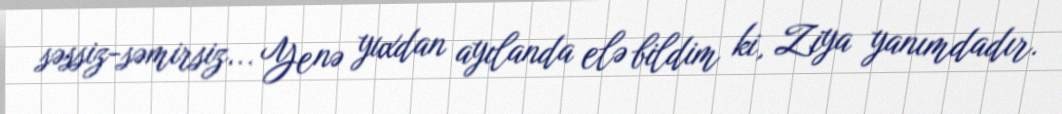
səssiz-səmirsiz... Yenə yuxdan ayılanda elə bildim ki, Ziya yanımdadır.